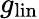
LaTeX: g_{\mathrm{lin}}